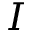
I